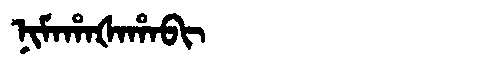
Manchu: ᠨᡳᠮᠠᡥᠠᡧᠠᡥᠠᠪᡳ
Romanization: NIMAHAŠAHABI